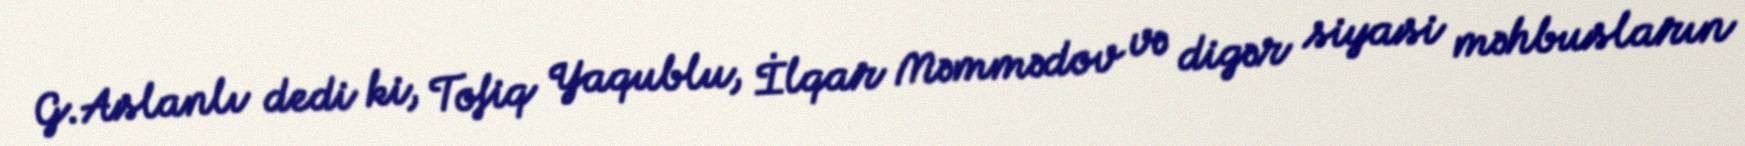
G.Aslanlı dedi ki, Tofiq Yaqublu, İlqar Məmmədov və digər siyasi məhbusların